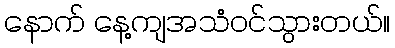
နောက် နေ့ကျအသံဝင်သွားတယ်။